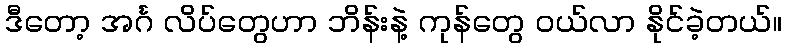
ဒီတော့ အင်္ဂ လိပ်တွေဟာ ဘိန်းနဲ့ ကုန်တွေ ဝယ်လာ နိုင်ခဲ့တယ်။